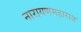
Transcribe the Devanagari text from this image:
नारायणमहाराज